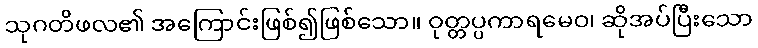
သုဂတိဖလ၏ အကြောင်းဖြစ်၍ဖြစ်သော။ ဝုတ္တပ္ပကာရမေဝ၊ ဆိုအပ်ပြီးသော